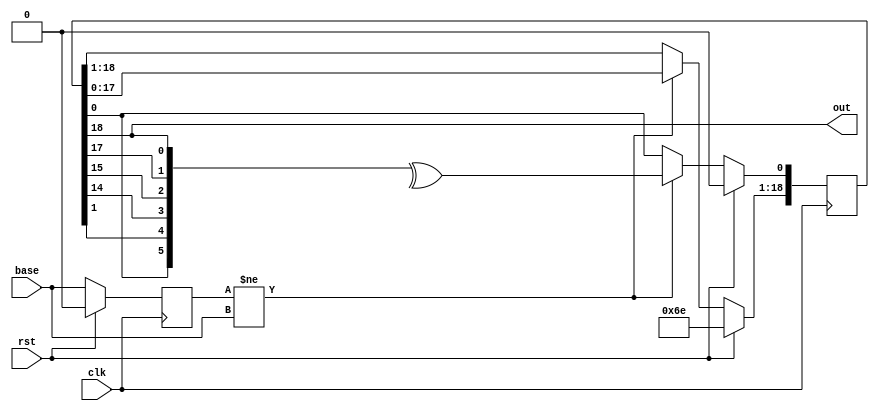
module jt51_lfo_lfsr #(parameter init=220 )(
	input	rst,
	input	clk,
	input	base,
	output	out
);

reg [18:0] bb;
assign out = bb[18];

reg last_base;

always @(posedge clk) begin : base_counter
	if( rst ) begin
		bb			<= init[18:0];
		last_base 	<= 1'b0;
	end
	else begin
		last_base <= base;
		if( last_base != base ) begin	
			bb[18:1] 	<= bb[17:0];
			bb[0]		<= ^{bb[0],bb[1],bb[14],bb[15],bb[17],bb[18]};
		end
	end
end

endmodule